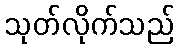
သုတ်လိုက်သည်